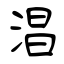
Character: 淐